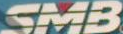
SMB